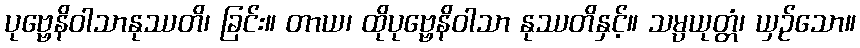
ပုဗ္ဗေနိဝါသာနုဿတိ၊ ခြင်း။ တာယ၊ ထိုပုဗ္ဗေနိဝါသာ နုဿတိနှင့်။ သမ္ပယုတ္တံ၊ ယှဉ်သော။